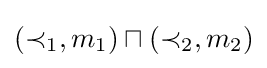
(\prec _{1},m_{1})\sqcap (\prec _{2},m_{2})